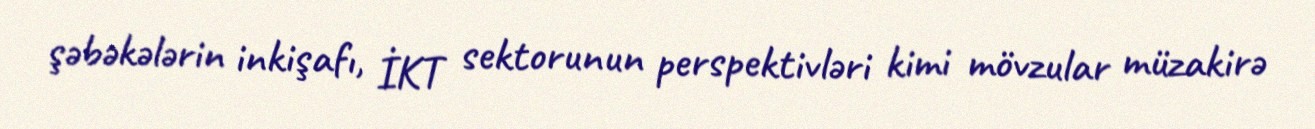
şəbəkələrin inkişafı, İKT sektorunun perspektivləri kimi mövzular müzakirə